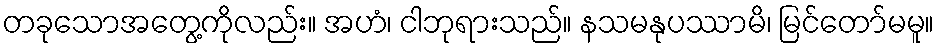
တခုသောအတွေ့ကိုလည်း။ အဟံ၊ ငါဘုရားသည်။ နသမနုပဿာမိ၊ မြင်တော်မမူ။